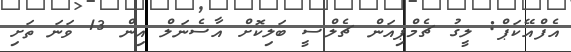
އެފްއޭކަޕް: ލީގު ޗެމްޕިއަން ޗެލްސީ ބަލިކޮށް އާސެނަލް އިން 13 ވަނަ ތަށި